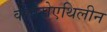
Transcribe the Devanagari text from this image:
क्लोरोएथिलीन